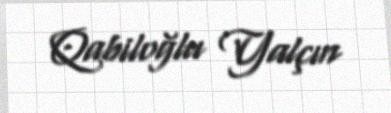
Qabiloğlu Yalçın